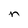
Character: n